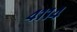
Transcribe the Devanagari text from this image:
४११४